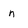
Character: n